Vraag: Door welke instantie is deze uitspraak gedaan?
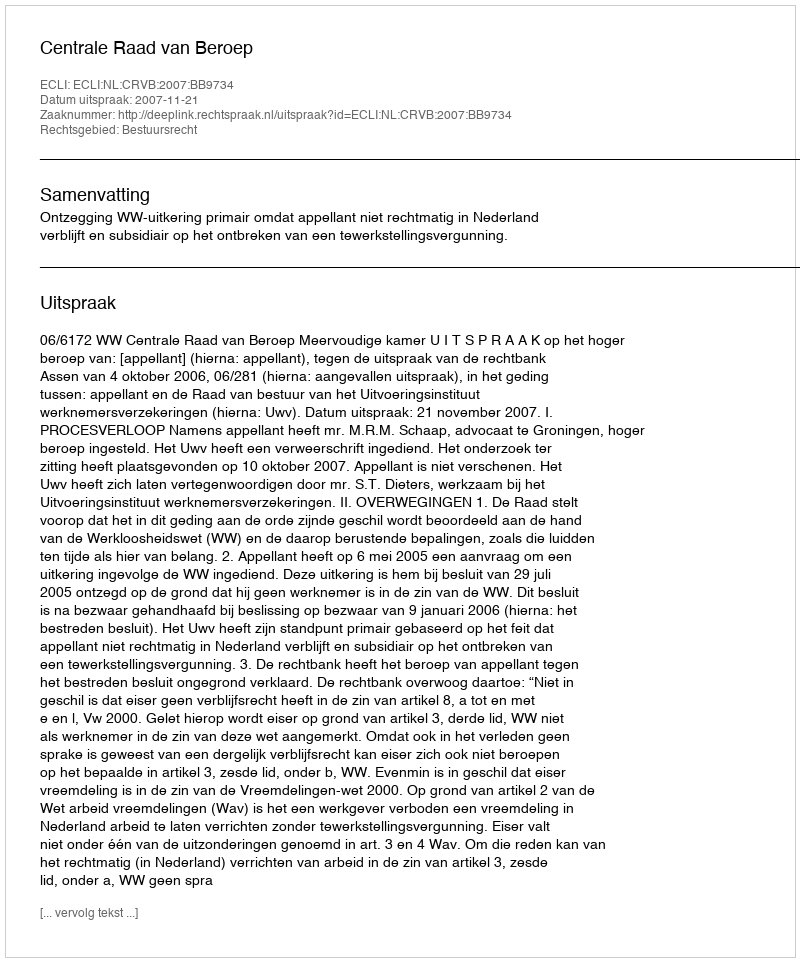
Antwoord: Centrale Raad van Beroep